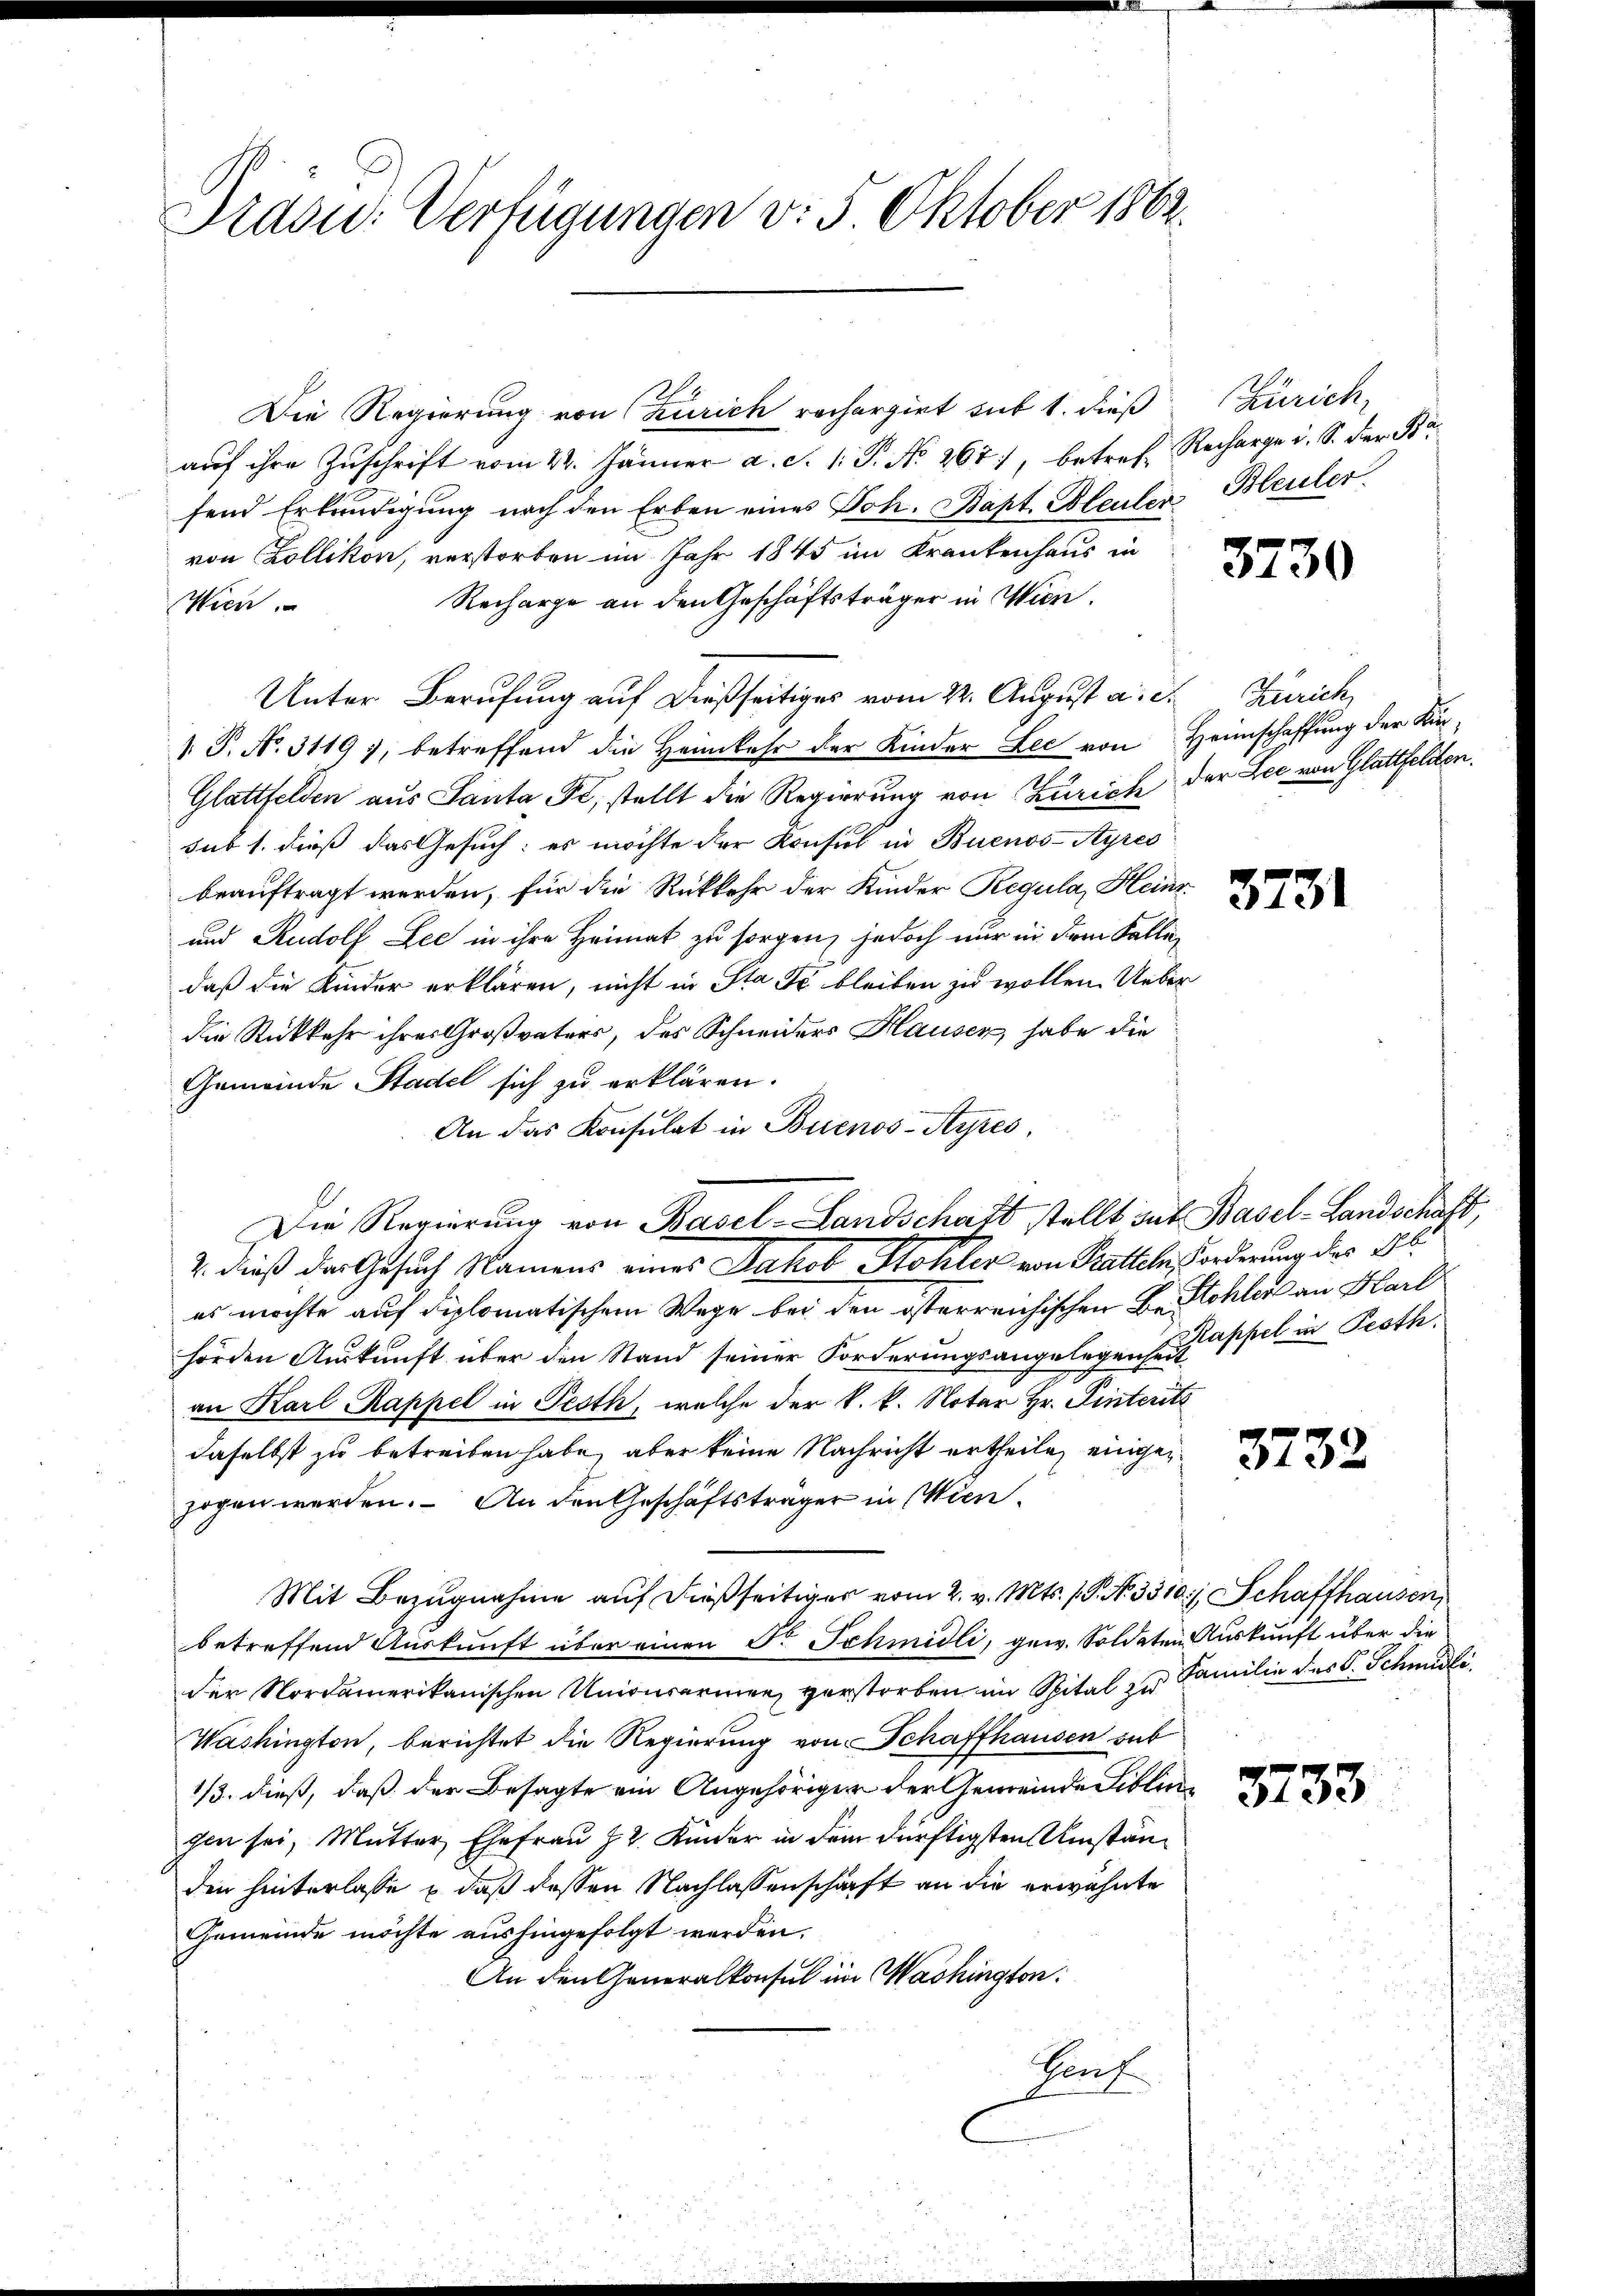
2. dieß das Gesuch Namens eines Jakob Stohler von Statteln Forderung des Hl.
es möchte auf diplomatischem Wege bei den österreichischen Bestohler an Karl
hörden Auskunft über den Stand seiner Forderungsangelegenheit appel in Proth
an Karl Rappel in Pesth, welche der k. k. Notar Hr. Tinterits
daselbst zu betreiben habe, aber keine Nachricht ertheile einge
zogen werden. An den Geschäftsträger in Wien¬
Mit Bezugnahme auf dießseitiger vom 2. v. Mts. 1 S. No. 3510), Schaffhausen,
betreffend Auskunft über einen Fr. Schmidli, gew. Soldeten Auskunft über die
der Nordamerikanischen Unionsarmen, verstorben im Spital zu Familie des C. Schmidli
Washington, berichtet die Regierung von Schaffhausen sub
1/3. dieß, daß der Besagte ein Angehöriger der Gemeinde Biblin
gen sei, Mutter Ehefrau Z 2. Kinder in dem dürftigsten Umständen hinterlasse & daß dessen Nachlassenschaft an die erwähnte
Gemeinde möchte aushingefolgt werden.
An den Generalkonsul im Washington:
Prof

Didon. Verfügungen v. 5. Oktober 1862.
Die Regierung von Zürich rechargirt sub 1. dieß Zürich,
auf ihre Zuschrift vom 22. Jänner a. S. 1: P. Nr. 267), betref Recharge i. S. der Br
fend Erkundigung nach den Erben eines Joh. Bapt. Bleuler Bleuler
von Zollikon, verstorben im Jahr 1845 im Krankenhaus in
Recharge an den Geschäftsträger in Wien.
Wien.
Unter Berufung auf dießseitiges vom 22. August a. c. Zürich
 P. No. 3119), betreffend die Heimkehr der Kinder Lee von Heimschaffung der Kin¬
Glattfelden aus Santa Fr, stellt die Regierung von Zürich, der Lee von Glattfelden.
sub 1. dieß das Gesuch: es möchte der Konsul in Buenos-Ayres
beauftragt werden, für die Rückkehr der Kinder Regula, Heinr
3731
und Rudolf Lee in ihre Heimat zu sorgen, jedoch nur in dem Fallen
daß die Kinder erklären, nicht in Sta Er bleiben zu wollen. Ueber
die Rückkehr ihres Großvaters, des Schneiders Hausen, habe die
Gemeinde Stadel sich zu erklären.
An das Konsulat in Buenos-Ayres,
Die Regierung von Basel-Landschaft stellt aut Basel-Landschaft,

3730